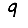
Digit: 9